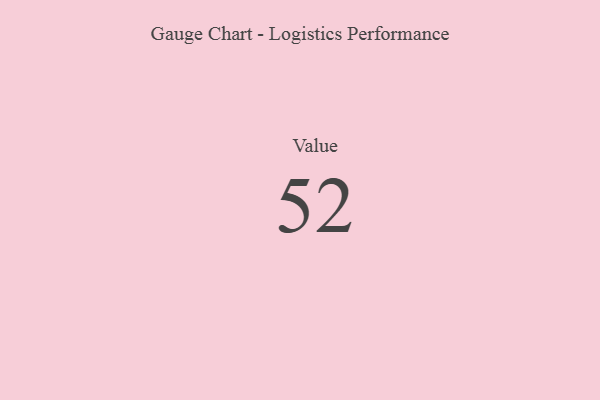
{"axis": {"x": "Metric", "y": "Value"}, "legend": [""], "data": [{"x": "Value", "y": 52, "type": ""}]}